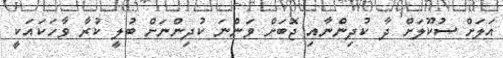
އަލަށް ސުކޫލަށް ދާ ކުދިންނާއި ޖޮބަށް ވަންނަ ކުދިންނަށް ބުލީ ކުރާ ވާހަކައަކީ